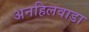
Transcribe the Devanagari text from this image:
अनहिलवाडा